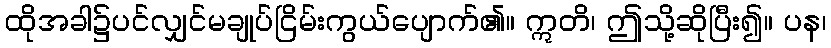
ထိုအခါ၌ပင်လျှင်မချုပ်ငြိမ်းကွယ်ပျောက်၏။ ဣတိ၊ ဤသို့ဆိုပြီး၍။ ပန၊